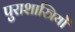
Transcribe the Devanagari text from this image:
पुराशास्त्रियों